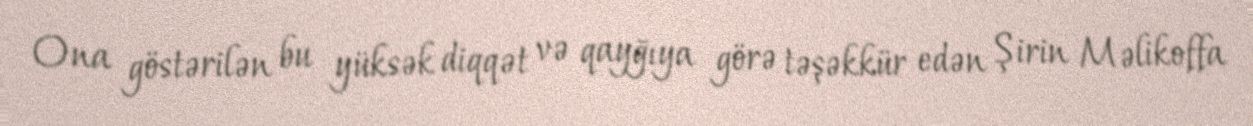
Ona göstərilən bu yüksək diqqət və qayğıya görə təşəkkür edən Şirin Məlikoffa